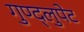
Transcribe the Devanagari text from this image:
गुण्द्लुपेट